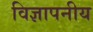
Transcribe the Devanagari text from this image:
विज्ञापनीय